Annual report on the Civil Veterinary Department, Burma (including the Insein Veterinary School) - 1923-1931
Year: 1923
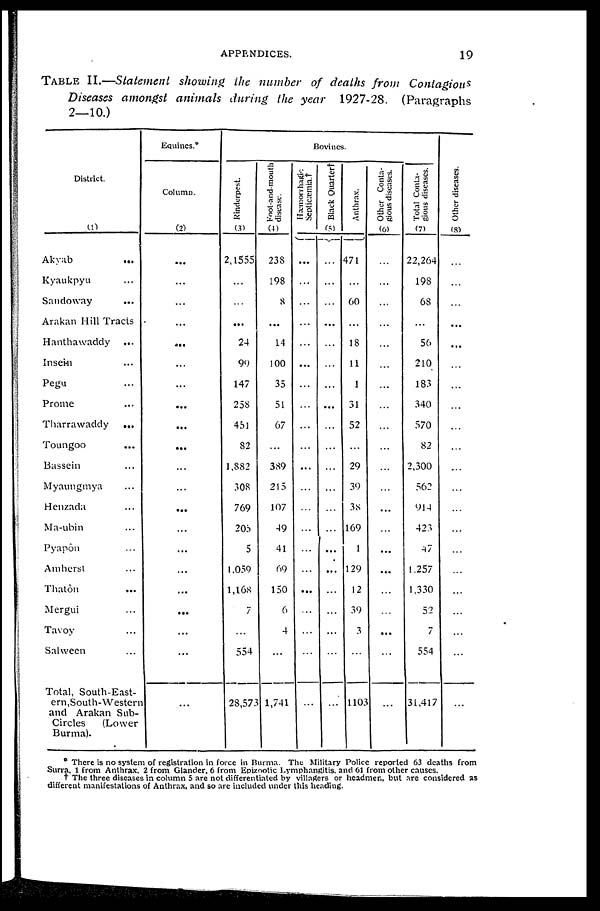
APPENDICES.
19
TABLE
II.—Statement showing
the number
of deaths from
Contagious
Diseases
amongst
animals
during
the year
1927-28.
(Paragraphs
2—10.)
District.
(1)
Akyab ...
Kyaukpyu ...
Sandoway ...
Arakan Hill Tracts
Hanthawaddy
...
Insein ...
Pegu ...
Prome ...
Tharrawaddy
...
Toungoo ...
Bassein ...
Myaungmya ...
Henzada ...
Ma-ubin ...
Pyapôn ...
Amherst ...
Thatôn
...
Mergui ...
Tavoy ...
Salween ...
Total, South-East-
ern,South-Western
and Arakan Sub-
Circles
(Lower
Burma).
Equines.*
Column.
(2)
...
...
...
...
...
...
...
...
...
...
...
...
...
...
...
...
...
...
...
...
...
Bovines.
Rinderpest.
(3)
2,1555
...
...
...
24
99
147
258
451
82
1,882
308
769
205
5
1,059
1,168
7
...
554
28,573
Foot-and-mouth
disease.
(4)
238
198
8
...
14
100
35
51
67
...
389
215
107
49
41
69
150
6
4
...
1,741
Hæmorrhagic
Septicæmia.†
...
...
...
...
...
...
...
...
...
...
...
...
...
...
...
...
...
...
...
...
...
Black Quarter†
(5)
...
...
...
...
...
...
...
...
...
...
...
...
...
...
...
...
...
...
...
...
...
Anthrax.
471
...
60
...
18
11
1
31
52
...
29
39
38
169
1
129
12
39
3
...
1103
Other Conta-
gious diseases.
(6)
...
...
...
...
...
...
...
...
...
...
...
...
...
...
...
...
...
...
...
...
...
Total Conta-
gious diseases.
(7)
22,264
198
68
...
56
210
183
340
570
82
2,300
562
914
423
47
1,257
1,330
52
7
554
31,417
Ot he r di s eas es .
(8)
...
...
...
...
...
...
...
...
...
...
...
...
...
...
...
...
...
...
...
...
...
* There is no system of registration in force in Burma. The Military Police reported 63 deaths from
Surra, 1 from Anthrax. 2 from Glander, 6 from Epizootic Lymphangitis, and 61 from other causes.
† The three diseases in column 5 are not differentiated by villagers or headmen, but are considered as
different manifestations of Anthrax, and so are included under this heading.